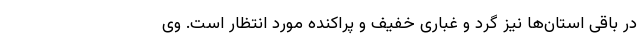
در باقی استان‌ها نیز گرد و غباری خفیف و پراکنده مورد انتظار است. وی